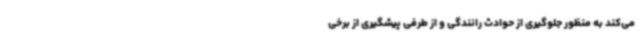
می‌کند به منظور جلوگیری از حوادث رانندگی و از طرفی پیشگیری از برخی